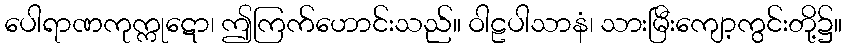
ပေါရာဏကုက္ကုဋော၊ ဤကြက်ဟောင်းသည်။ ဝါဠပါသာနံ၊ သားမြီးကျော့ကွင်းတို့၌။